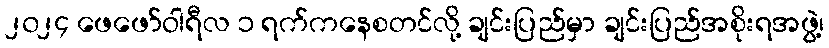
၂၀၂၄ ဖေဖော်ဝါရီလ ၁ ရက်ကနေစတင်လို့ ချင်းပြည်မှာ ချင်းပြည်အစိုးရအဖွဲ့၊